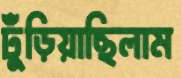
ঢুঁড়িয়াছিলাম